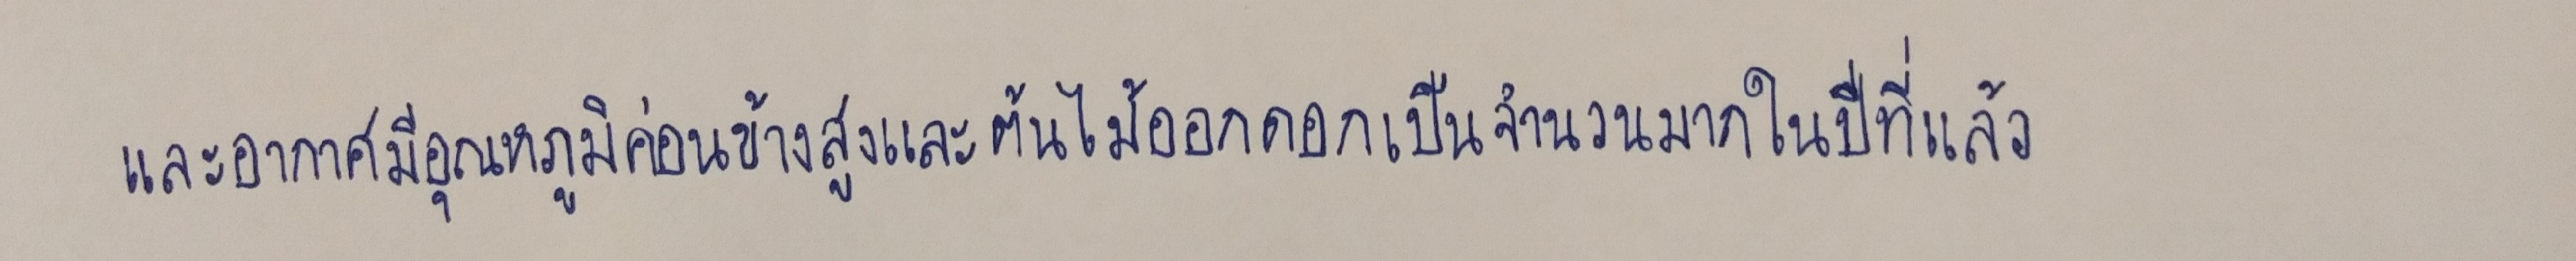
และอากาศมีอุณหภูมิค่อนข้างสูงและต้นไม้ออกดอกเป็นจำนวนมากในปีที่แล้ว